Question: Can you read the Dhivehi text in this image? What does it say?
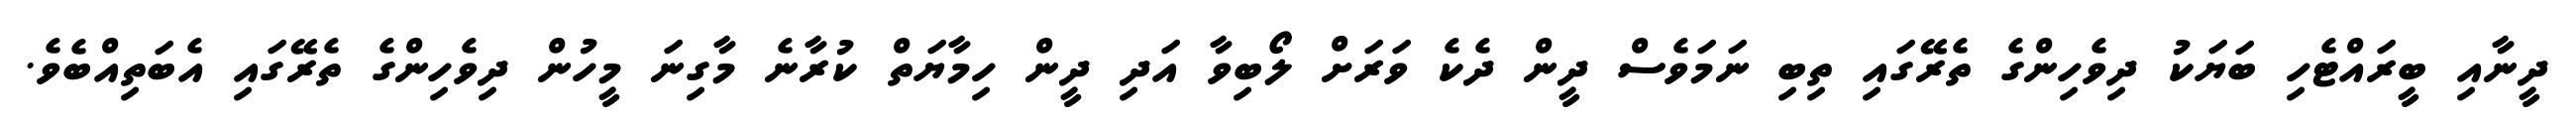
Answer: ދީނާއި ބީރައްޓެހި ބަޔަކު ދިވެހިންގެ ތެރޭގައި ތިބި ނަމަވެސް ދީން ދެކެ ވަރަށް ލޯބިވާ އަދި ދީން ހިމާޔަތް ކުރާނެ މާގިނަ މީހުން ދިވެހިންގެ ތެރޭގައި އެބަތިއްބެވެ.